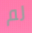
لم